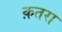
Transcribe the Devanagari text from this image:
क़तरा